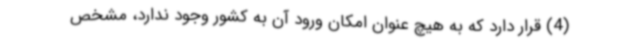
(4) قرار دارد که به هیچ عنوان امکان ورود آن به کشور وجود ندارد، مشخص